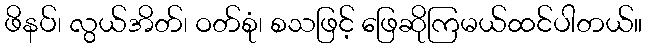
ဖိနပ်၊ လွယ်အိတ်၊ ဝတ်စုံ၊ စသဖြင့် ဖြေဆိုကြမယ်ထင်ပါတယ်။